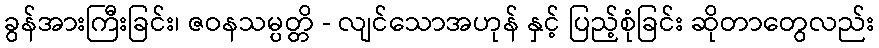
ခွန်အားကြီးခြင်း၊ ဇဝနသမ္ပတ္တိ - လျင်သောအဟုန် နှင့် ပြည့်စုံခြင်း ဆိုတာတွေလည်း